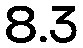
8.3